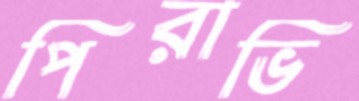
পিরাভি